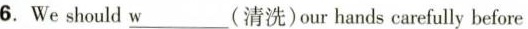
6.We should \underline{w}(清洗)our hands carefully before